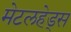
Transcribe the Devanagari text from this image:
मेटलहेड्स